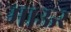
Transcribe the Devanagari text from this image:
माऊर